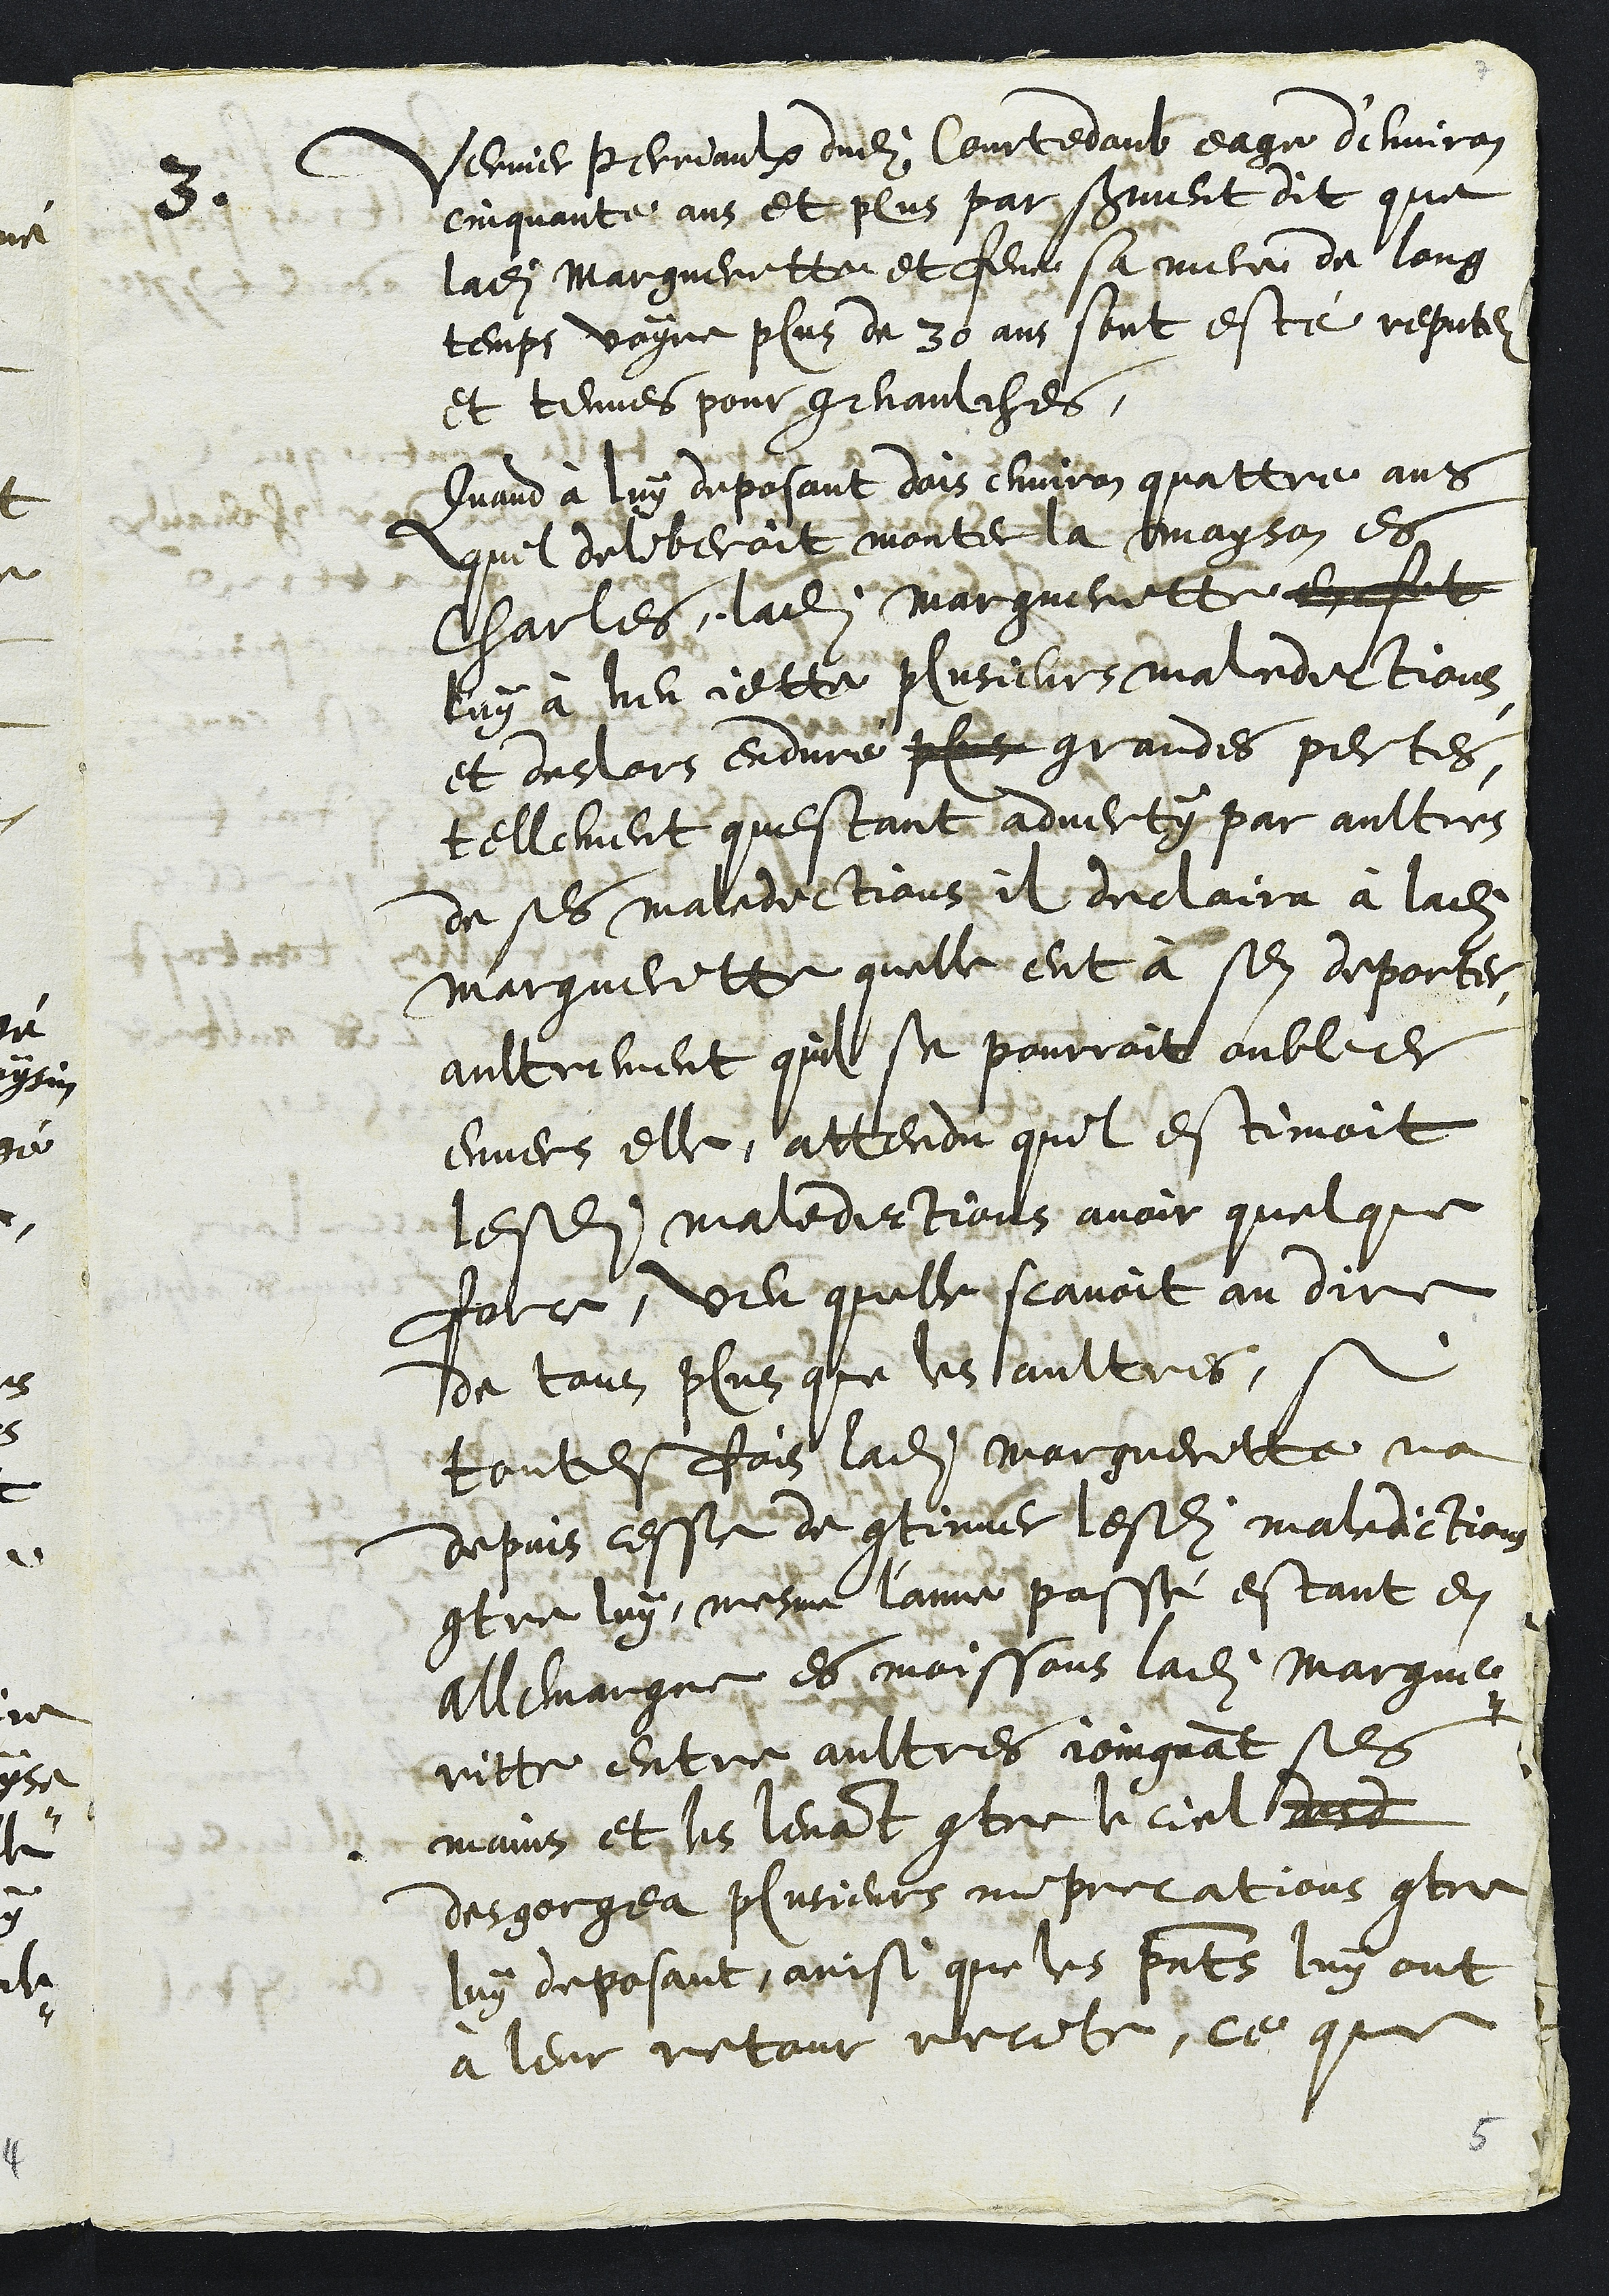
3
Vernier Perraulx dudit Courtedoub eage d'environ
cinquante ans et plus par serment dit que
ladite Margueritte et feue sa mere de long
temps voyre plus de 30 ans sont esté reputez
et tenues pour genaulches.
Quand à luy deposant dois environ quattre ans
que deliberoit monter la mayson es
Charles ladite Margueritte en fut
luy a heu jetter plusieurs maledictions
et deslors enduré plus grandes pertes
tellement questant advertiypar aultres
de ses maledictions il declaira à ladite
Margueritte quelle eut à sen deporter
aultrement quil se pourroit oublier
envers elle, attendu quil estimoit
lesdites maledictions avoir quelque
force, veu quelle scavoit au dire
de tous plus que les aultres, si
toutesfois ladite Margueritte na
depuis cesse de continuer lesdites maledictions
contre luy, mesme l'anne passé estant en
Allemagne es moissons ladite Margue-
ritte entre aultres joingnant ses
mains et les levant contre le ciel
desgorgea plusieurs imprecations contre
luy deposant ainsi que les presents luy ont
à leur retour recite, ce que